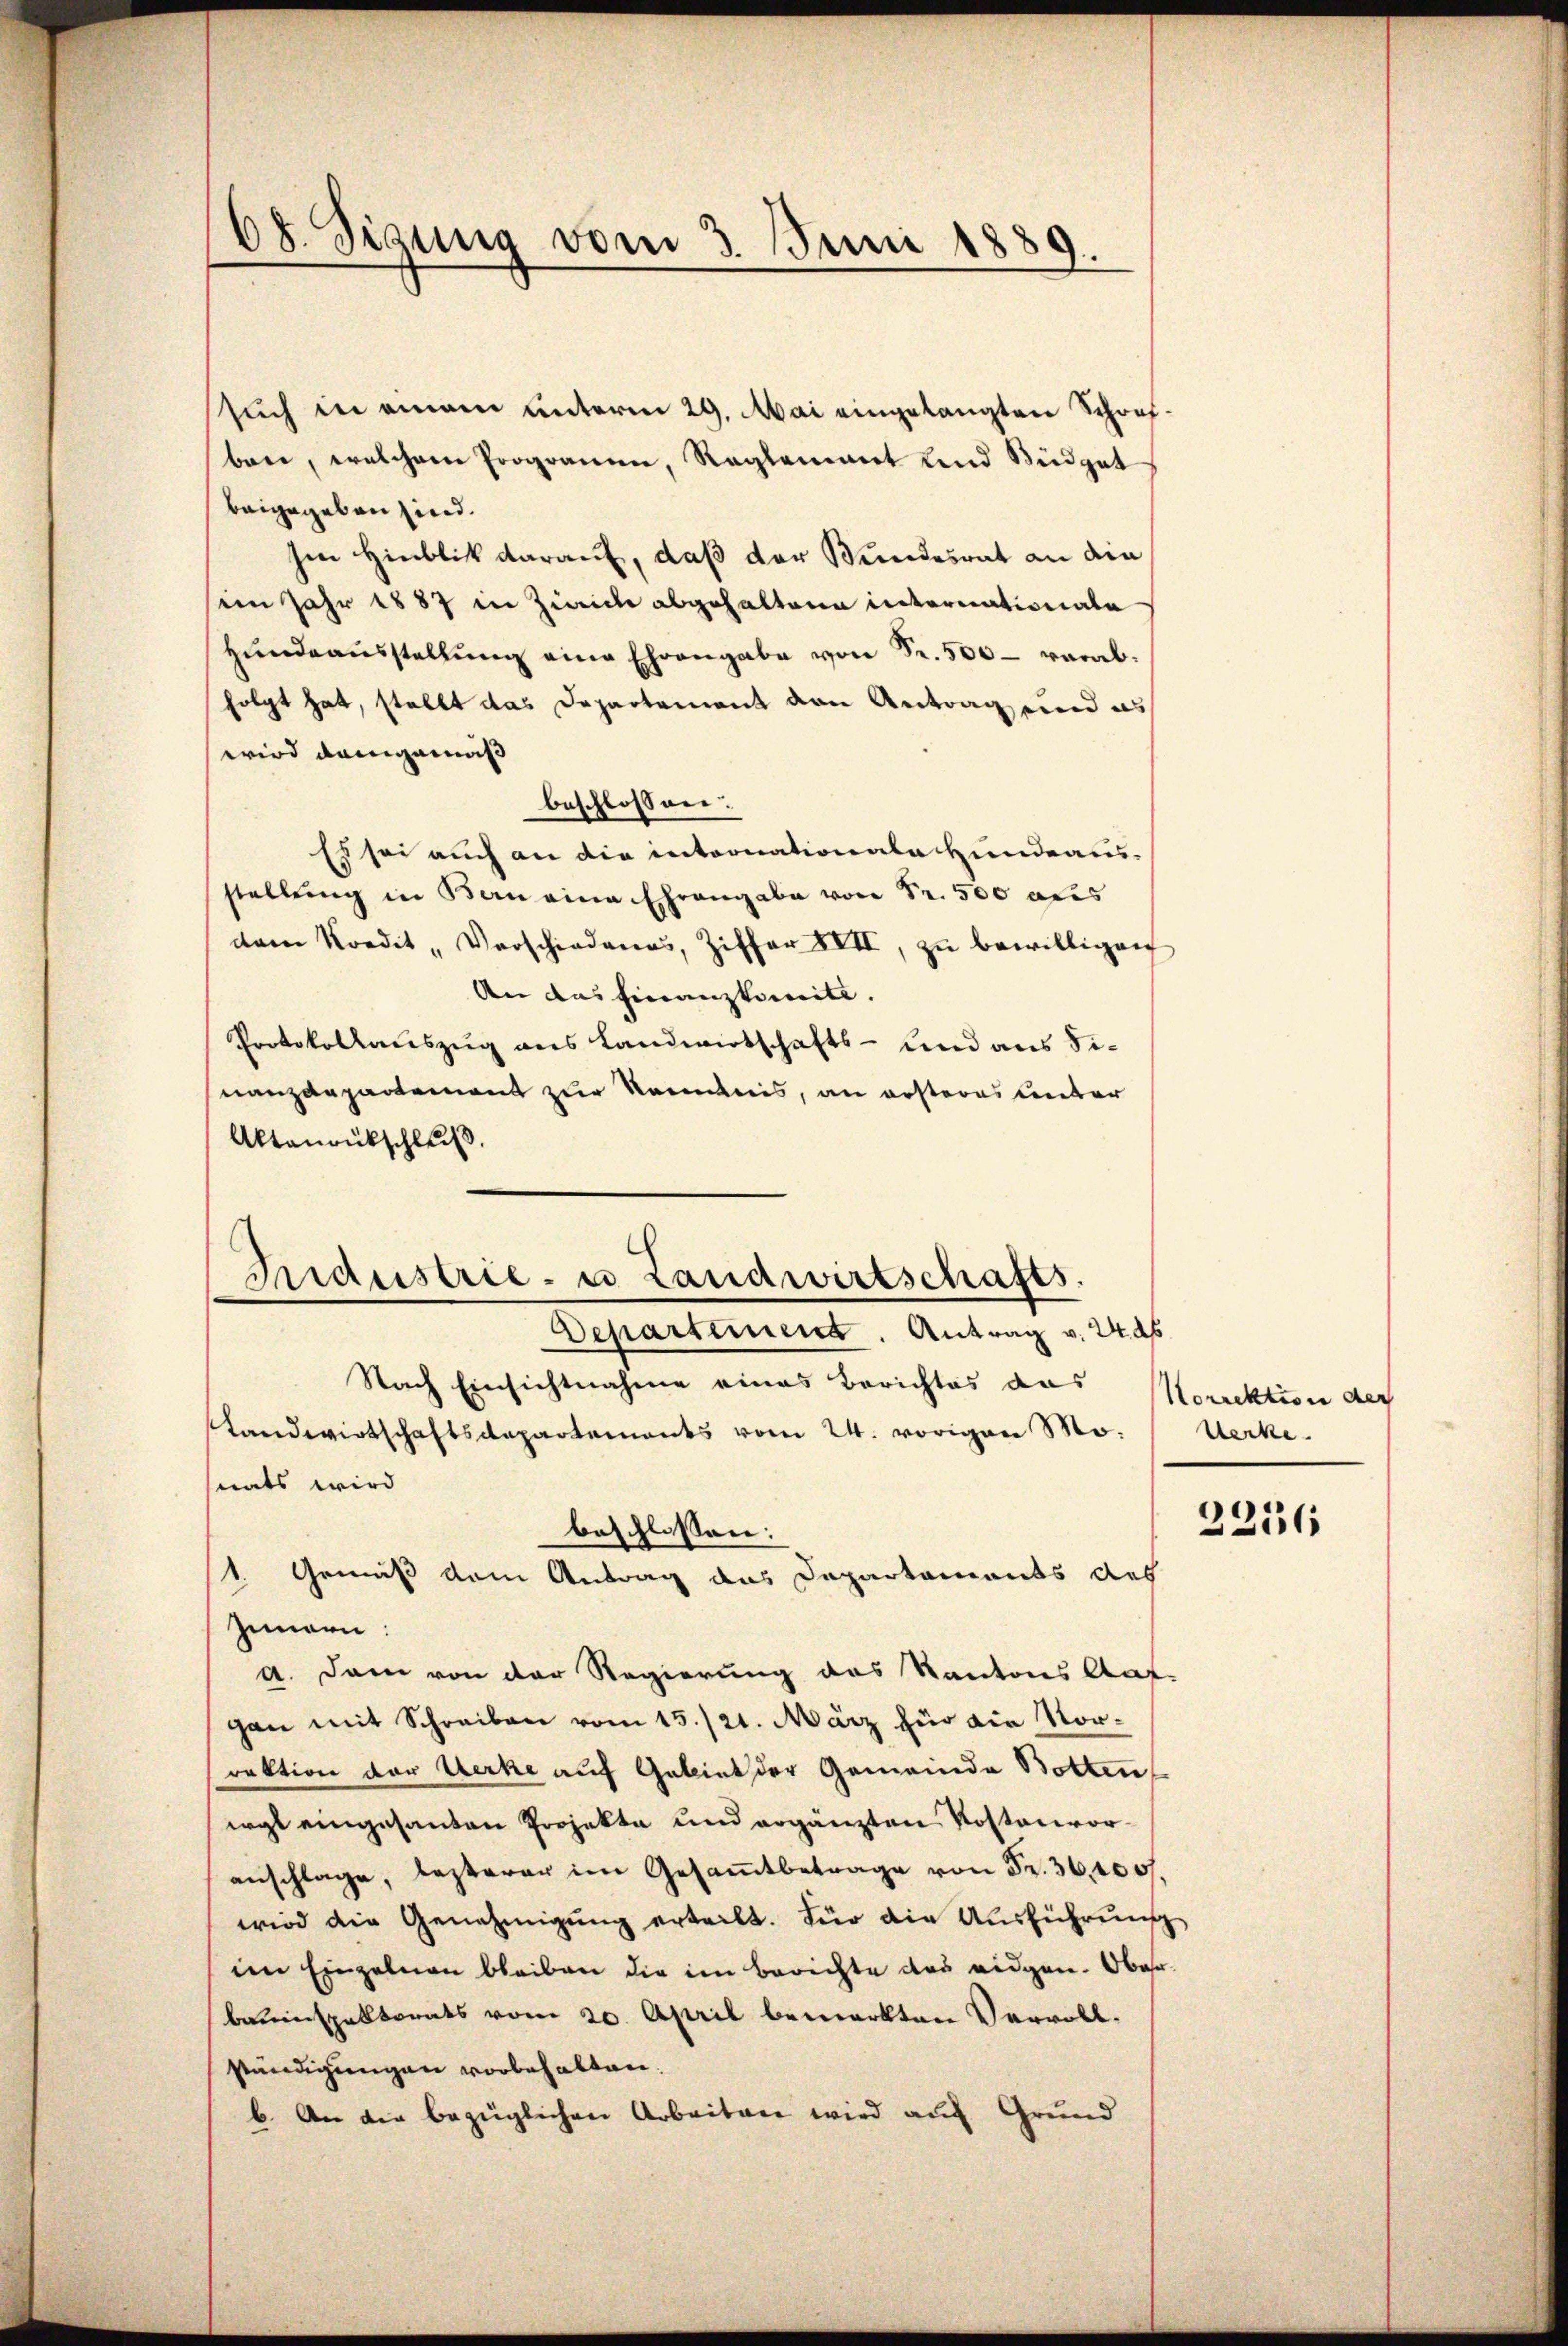
such in einem unterm 29. Mai eingelangten Schrifbare, welchem Programm, Raglammet und Südget
beigegeben sind.
Im Hinblik darauf, daß der Bundesrat an die
im Jahr 1887 in Zürich abgehaltene internationate
Hŭndeausstellŭng eine Ehrengabe von Fr. 500 — vorabfolgt hat, stellt das Departement von Antrag und es
wird demgemäß
beschlossen:
Es sei auch an die intoonationale Hundeaus-
stellung in Berneina Ehrengabe von Fr. 500 aus
dam Kondit " Verschiedenes, Ziffer XVII, zŭ bewilligen
An das Finanzkomite.
Protokollauszug aus Landwirtschafts- und aus Sinanzdepartement zur Kenntnis, an ersteres unter
Aktanrückschluß.
Industrie- u Landwirtschafts.
Departement. Antrag v. 246
Nach Einsichtnahme eines Berichtes das
Landwirtschaftsdepartements vom 24. vorigen Mo-
nats wird
beschlossen:
1. Gemäß dem Antrag das Departaments des
Innern
d. Dann von der Regierung des Kantons Auf-
gan mit Schreiben vom 15./21. März für die Norrektion der Werke auf Gebiet der Gemeinde Botten
irgt eingesanten Projekte und ergänzten Kostenvoranschlage, besterer im Gesammtbetrage von Fr. 36,000.
wird die Genehmigung erteilt. Für die Ausführung
im Einzelnen bleiben die im Berichte des eidgen. Ober
bereinspektorats vom 20. April bemerkten Vervoll-
ständigungen vorbehalten.
b. An die bezüglichen Arbeiten wird auf Grund

68. Sizung vom 3. Juni 1889.

Korrektion der
Werke

2236